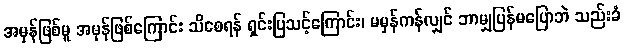
အမှန်ဖြစ်မူ အမှန်ဖြစ်ကြောင်း သိစေရန် ရှင်းပြသင့်ကြောင်း၊ မမှန်ကန်လျှင် ဘာမျှပြန်မပြောဘဲ သည်းခံ